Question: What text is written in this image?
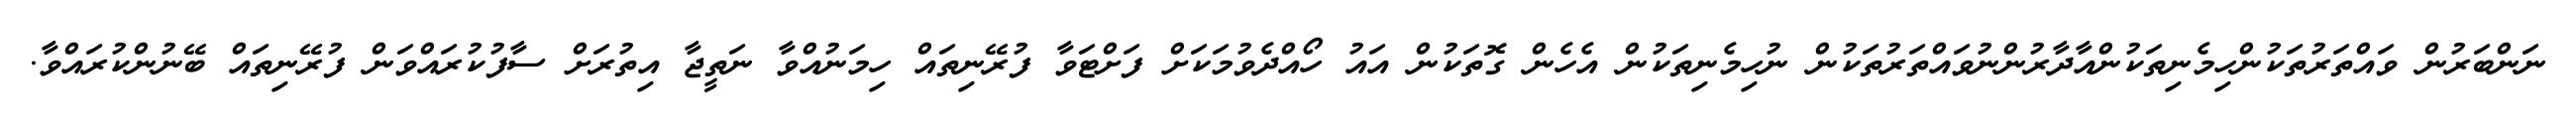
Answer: ނަންބަރުން ވައްތަރުތަކުންހިމެނިތަކުންއާދާރުންނުވައްތަރުތަކުން ނުހިމެނިތަކުން އެހެން ގޮތަކުން އައު ހޯއްދެވުމަކަށް ފަށްޓަވާ ފުރޭނިތައް ހިމަނުއްވާ ނަތީޖާ އިތުރަށް ސާފުކުރައްވަން ފުރޭނިތައް ބޭނުންކުރައްވާ.